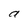
Character: a